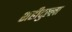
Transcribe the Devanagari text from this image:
शहीदुल्ला